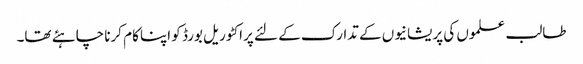
طالب علموں کی پریشانیوں کے تدارک کے لئے پراکٹوریل بورڈ کو اپنا کام کرنا چاہئے تھا۔